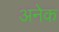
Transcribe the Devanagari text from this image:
अनेेक